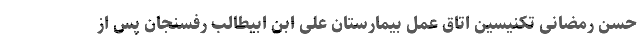
حسن رمضانی تکنیسین اتاق عمل بیمارستان علی ابن ابیطالب رفسنجان پس از